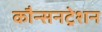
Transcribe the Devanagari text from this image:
कौन्सनट्रेशन